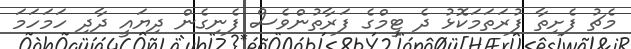
މެޗު ފެށިތާ ފުރަތަމަކޮޅު ދެ ޓީމްގެ ފަރާތުންވެސް ފެނިގެން ދިޔައީ ދާދި ހަމަހަމަ